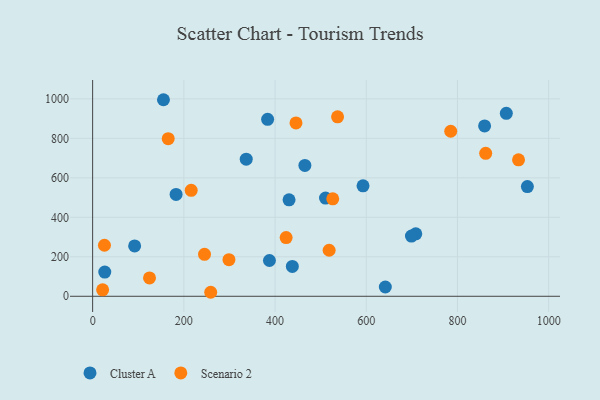
{"axis": {"x": "Ad Spend", "y": "Sales"}, "legend": ["Cluster A", "Scenario 2"], "data": [{"x": "92.1", "y": 255.1, "type": "Cluster A"}, {"x": "437.9", "y": 151.4, "type": "Cluster A"}, {"x": "708.6", "y": 316.6, "type": "Cluster A"}, {"x": "155.3", "y": 995.6, "type": "Cluster A"}, {"x": "336.8", "y": 694.5, "type": "Cluster A"}, {"x": "430.7", "y": 488.7, "type": "Cluster A"}, {"x": "510.7", "y": 497.2, "type": "Cluster A"}, {"x": "26.6", "y": 122.4, "type": "Cluster A"}, {"x": "953.3", "y": 555.6, "type": "Cluster A"}, {"x": "907.1", "y": 926.6, "type": "Cluster A"}, {"x": "859.5", "y": 863.1, "type": "Cluster A"}, {"x": "383.7", "y": 896.5, "type": "Cluster A"}, {"x": "699.1", "y": 305.0, "type": "Cluster A"}, {"x": "641.8", "y": 47.1, "type": "Cluster A"}, {"x": "465.4", "y": 662.6, "type": "Cluster A"}, {"x": "387.7", "y": 181.3, "type": "Cluster A"}, {"x": "592.9", "y": 559.6, "type": "Cluster A"}, {"x": "183.0", "y": 515.7, "type": "Cluster A"}, {"x": "933.9", "y": 691.0, "type": "Scenario 2"}, {"x": "537.1", "y": 908.9, "type": "Scenario 2"}, {"x": "216.1", "y": 536.7, "type": "Scenario 2"}, {"x": "424.3", "y": 297.4, "type": "Scenario 2"}, {"x": "861.9", "y": 724.1, "type": "Scenario 2"}, {"x": "165.7", "y": 798.1, "type": "Scenario 2"}, {"x": "21.9", "y": 32.7, "type": "Scenario 2"}, {"x": "258.9", "y": 20.3, "type": "Scenario 2"}, {"x": "445.9", "y": 878.1, "type": "Scenario 2"}, {"x": "245.3", "y": 212.3, "type": "Scenario 2"}, {"x": "518.6", "y": 233.2, "type": "Scenario 2"}, {"x": "124.7", "y": 93.0, "type": "Scenario 2"}, {"x": "298.9", "y": 185.5, "type": "Scenario 2"}, {"x": "526.5", "y": 493.5, "type": "Scenario 2"}, {"x": "785.2", "y": 836.0, "type": "Scenario 2"}, {"x": "25.9", "y": 258.4, "type": "Scenario 2"}]}